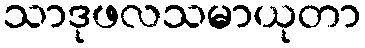
သာဒုဖလသမာယုတာ